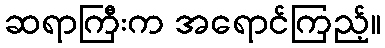
ဆရာကြီးက အရောင်ကြည့်။